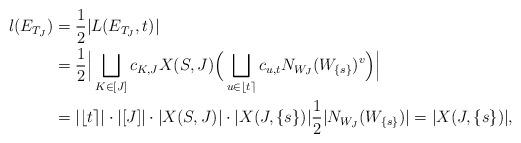
LaTeX: \begin{align*}l(E_{T_J}) & = \frac{1}{2}|L(E_{T_J}, t)|\\& = \frac{1}{2} \Big|\bigsqcup_{K \in [J]} c_{K,J} X(S,J) \Big(\bigsqcup_{u \in \lfloor t \rceil} c_{u,t} N_{W_J}(W_{\{s\}})^v \Big)\Big|\\& = |\lfloor t \rceil| \cdot |[J]| \cdot |X(S,J)| \cdot |X(J,\{s\})| \frac{1}{2}|N_{W_J}(W_{\{s\}})| = |X(J,\{s\})|,\end{align*}